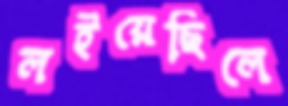
লইয়েছিলে